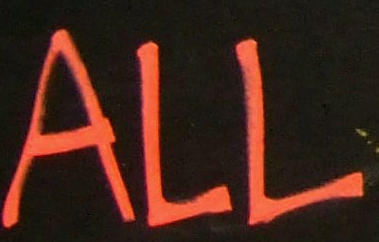
ALL